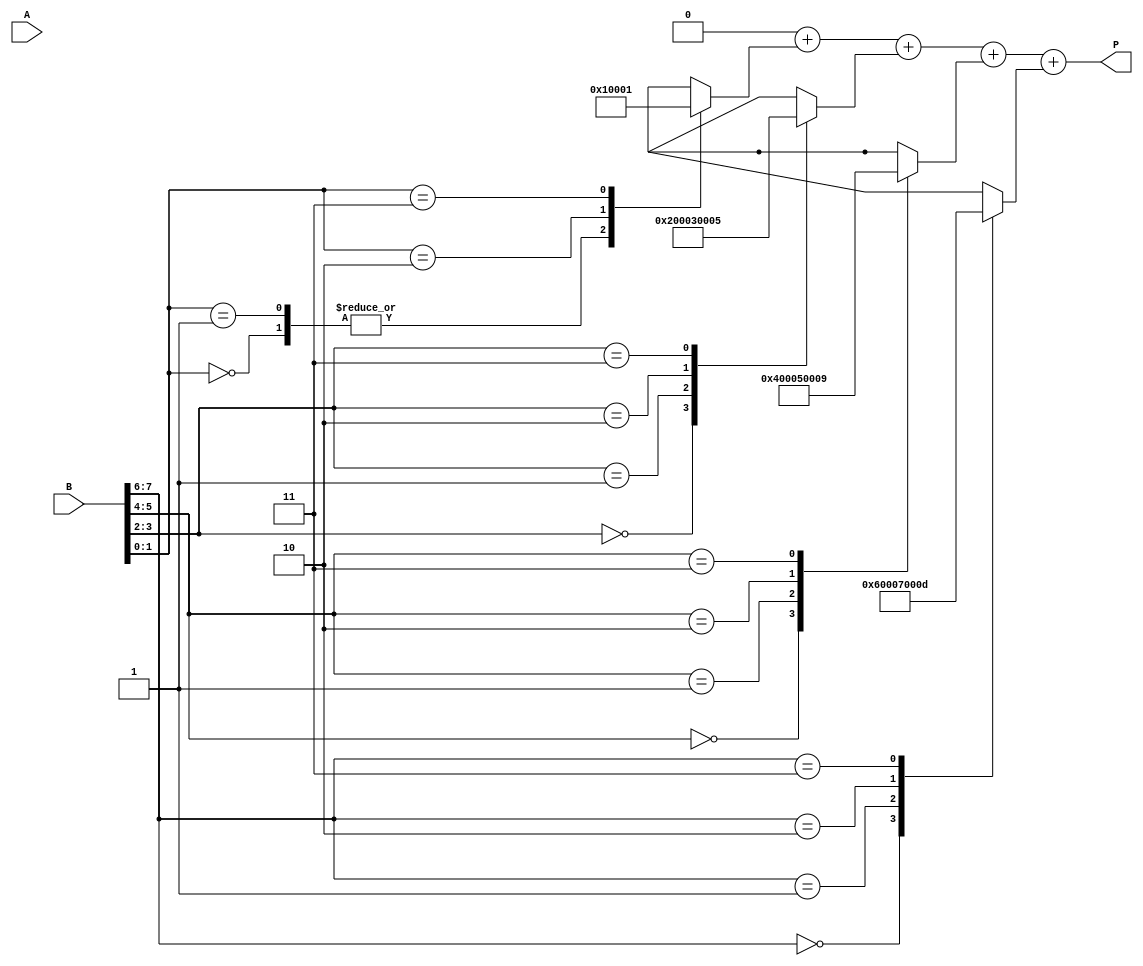
module radix4_multiplier #(parameter n = 8) (
    input [n-1:0] A,         // Multiplicand
    input [n-1:0] B,         // Multiplier
    output reg [2*n-1:0] P   // Product
);
    integer i;
    reg [2*n-1:0] partial_products[(n/2)-1:0];
    reg [n-1:0] b_group;
    
    always @(*) begin
        P = 0;  // Initialize product
        
        // Generate partial products based on Booth's encoding
        for (i = 0; i < n/2; i = i + 1) begin
            b_group = {B[2*i+1], B[2*i]}; // Get two bits of the multiplier
            
            case (b_group)
                2'b00: partial_products[i] = 0;                       // 00 -> 0
                2'b01: partial_products[i] = {A, 2*i};                // 01 -> A << (2*i)
                2'b10: partial_products[i] = {A, 2*i+1};               // 10 -> A << (2*i + 1)
                2'b11: partial_products[i] = {A, 2*i+1} + {A, 2*i};   // 11 -> (A << (2*i + 1)) + (A << (2*i))
                default: partial_products[i] = 0;
            endcase
        end
        
        // Accumulate the partial products
        for (i = 0; i < n/2; i = i + 1) begin
            P = P + partial_products[i]; // Sum all partial products
        end
    end
endmodule